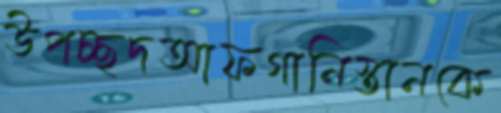
উপচ্ছদআফগানিস্তানকে